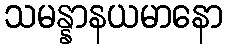
သမန္နာနယမာနော